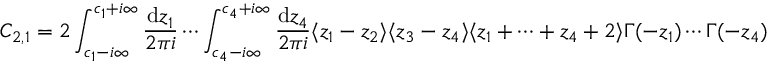
C _ { 2 , 1 } = 2 \int _ { c _ { 1 } - i \infty } ^ { c _ { 1 } + i \infty } \frac { \mathrm { d } z _ { 1 } } { 2 \pi i } \cdots \int _ { c _ { 4 } - i \infty } ^ { c _ { 4 } + i \infty } \frac { \mathrm { d } z _ { 4 } } { 2 \pi i } \langle z _ { 1 } - z _ { 2 } \rangle \langle z _ { 3 } - z _ { 4 } \rangle \langle z _ { 1 } + \cdots + z _ { 4 } + 2 \rangle \Gamma ( - z _ { 1 } ) \cdots \Gamma ( - z _ { 4 } )